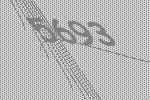
5693